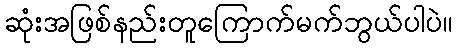
ဆုံးအဖြစ်နည်းတူကြောက်မက်ဘွယ်ပါပဲ။